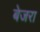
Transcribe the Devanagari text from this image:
बेजरा